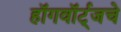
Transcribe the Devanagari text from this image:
हॉगवॉर्ट्‌जचे